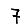
Digit: 7